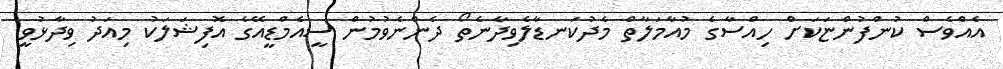
އެއްވެސް ކުންފުންޏަކަށް ހިއްސާގެ މުއާމަލާތް މެދުކަނޑާލެވިދާނެތޯ ދެންނެވުމުން ސީއެމްޑީއޭގެ އޮފިޝަލަކު މިއަދު ވިދާޅުވީ